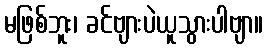
မဖြစ်ဘူး၊ ခင်ဗျားပဲယူသွားပါဗျာ။